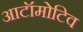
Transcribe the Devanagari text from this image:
आटॉमोटिव